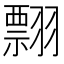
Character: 翲